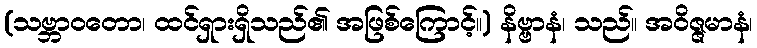
(သဗ္ဘာဝတော၊ ထင်ရှားရှိသည်၏ အဖြစ်ကြောင့်။) နိဗ္ဗာနံ၊ သည်။ အဝိဇ္ဇမာနံ၊